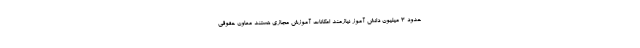
حدود 3 میلیون دانش آموز نیازمند امکانات آموزش مجازی هستند معاون حقوقی